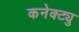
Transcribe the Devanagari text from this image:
कनेक्ट्यु